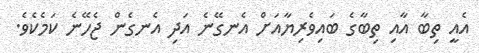
އެއީ ތިބާ އާއި ތިބާގެ ބައިވެރިޔާއަށް އެނގޭނެ އަދި އެނގެން ޖެހޭނެ ކަމެކެވެ.